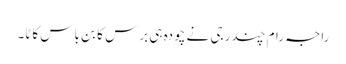
راجہ رام چندر جی نے چودہ ہی برس کا بن باس کاٹا۔